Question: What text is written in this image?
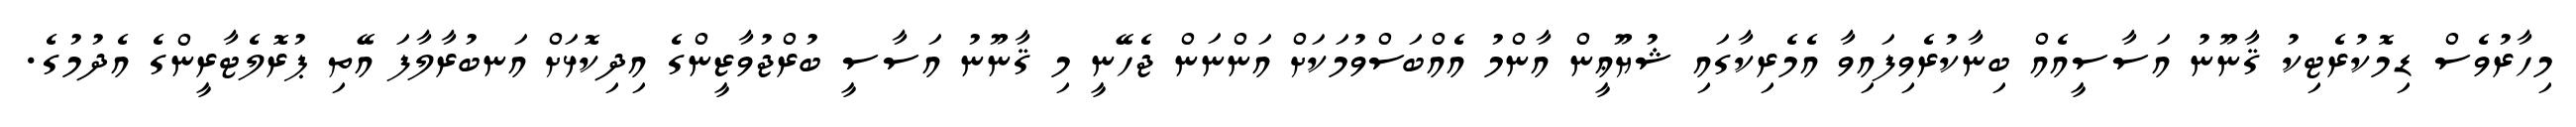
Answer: މިހާރުވެސް ޑިމޮކުރެޓިކު ޤާނޫނު އަސާސީއެއް ބިނާކުރެވިފައިވާ އެމެރިކާގައި ޝުޔޫޢީން އާންމު އެއްބަސްވުމަކަށް އަންނަން ޖެހޭނީ މި ޤާނޫނު އަސާސީ ބުރްޖުވާޒީންގެ އިދިކޮޅަށް އަނބުރާލާފަ އޭތި ޕުރޮލެޓާރީންގެ އެދުމުގެ.